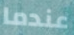
عندما